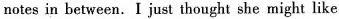
notes in between.I just thought she might like